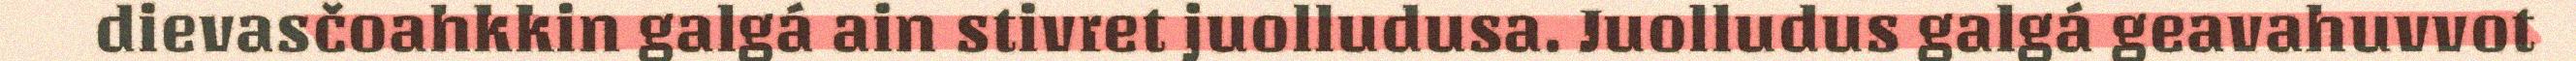
dievasčoahkkin galgá ain stivret juolludusa. Juolludus galgá geavahuvvot